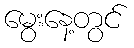
မွေးနေ့တွင်